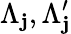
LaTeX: \Lambda_{\mathbf{j}},\Lambda_{\mathbf{j}}^{\prime}